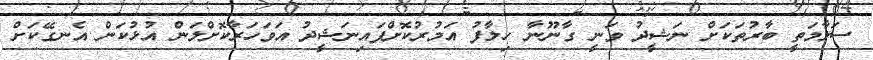
ސަލާމަތީ ބާރުތަކަށް ނަޝީދު ވަނީ ގާނޫނާ ހިލާފު އަމުރުކޮށްފައިނަޝީދު އަވަހަރާކޮށްލަން އުޅުކަން އެނގޭކަށް